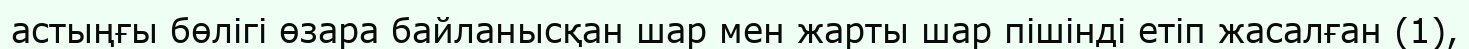
астыңғы бөлігі өзара байланысқан шар мен жарты шар пішінді етіп жасалған (1),